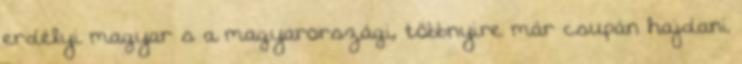
erdélyi magyar s a magyarországi, többnyire már csupán hajdani